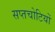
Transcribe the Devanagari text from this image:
सप्तचोटियों